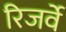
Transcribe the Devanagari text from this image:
रिजर्वे